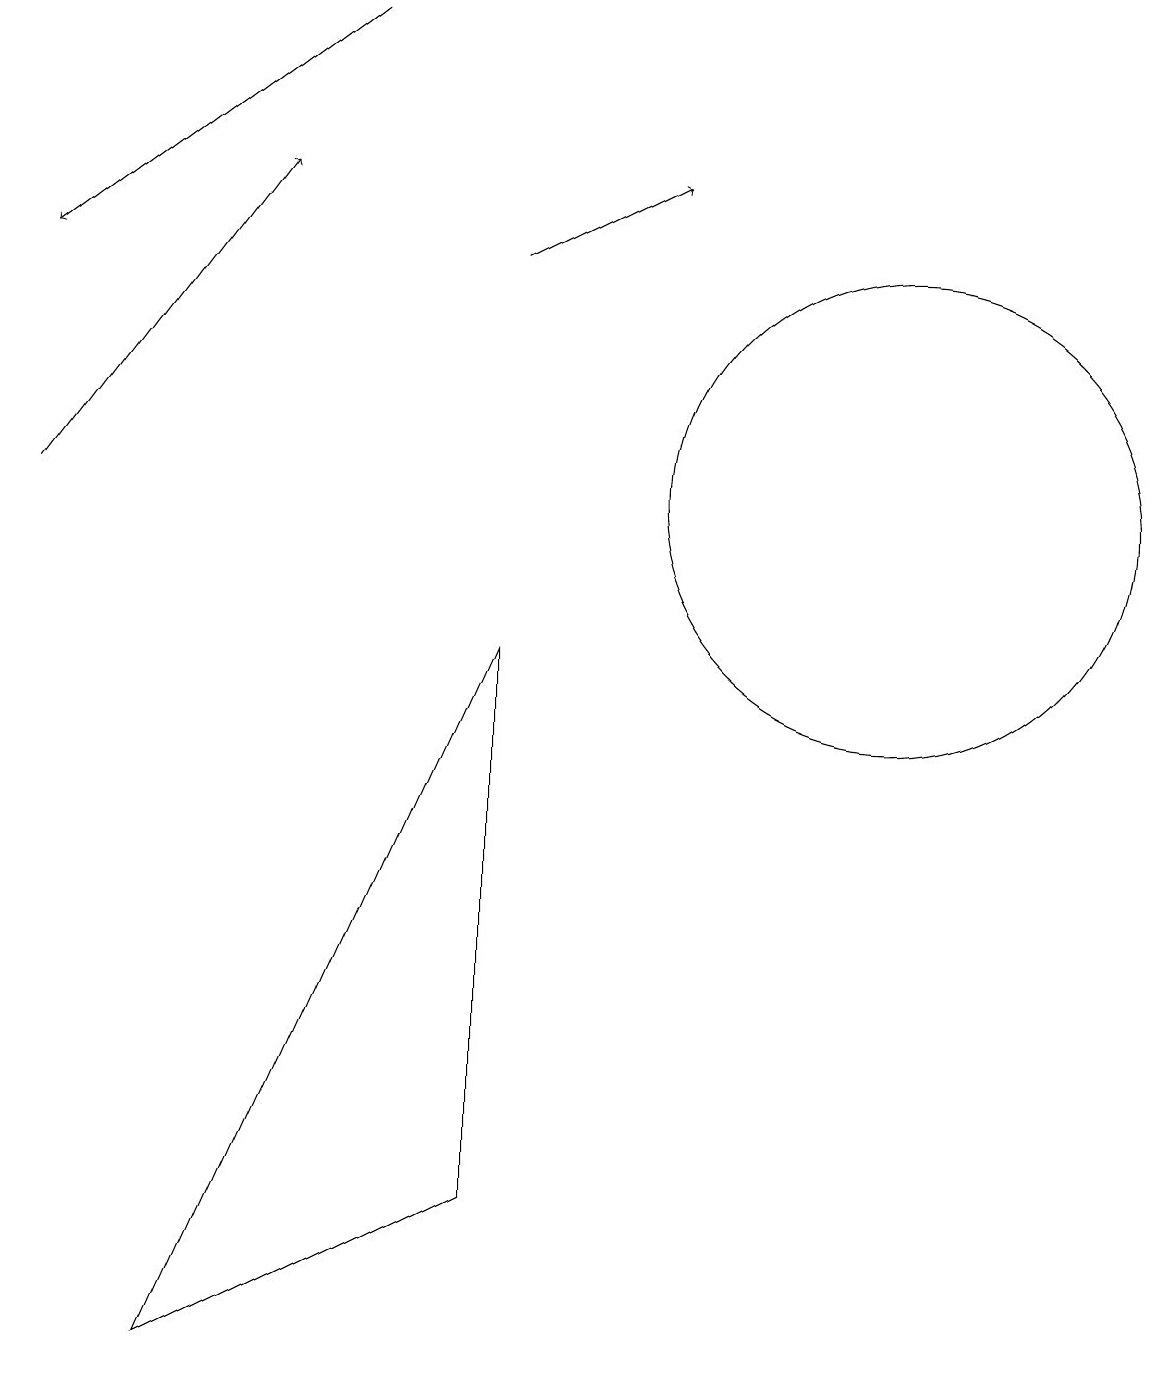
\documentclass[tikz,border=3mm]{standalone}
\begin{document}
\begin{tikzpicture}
\draw[->] (5,17) -- (1,14);
\draw (12,11) circle (3);
\draw[->] (1,11) -- (4,15);
\draw[->] (7,14) -- (9,15);
\draw (7,2) -- (7,9) -- (3,0) -- cycle;
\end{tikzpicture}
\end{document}